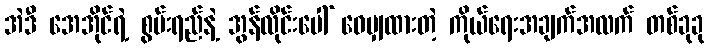
အဲဒီ အေအိုင်ရဲ့ စွမ်းရည်နဲ့ အွန်လိုင်းပေါ် ဝေမျှထားတဲ့ ကိုယ်ရေးအချက်အလက် တစ်ခုခု